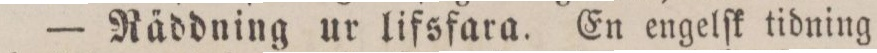
— Räddning ur lifsfara. En engelſk tidning